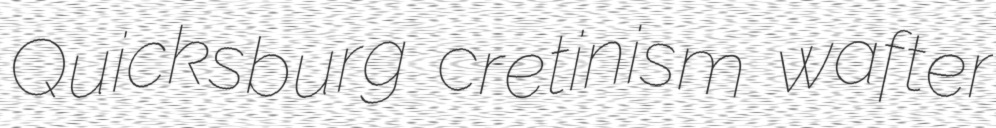
Quicksburg cretinism wafter